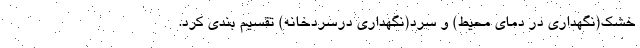
خشک(نگهداری در دمای محیط) و سرد(نگهداری درسردخانه) تقسیم بندی کرد.